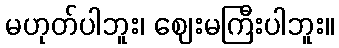
မဟုတ်ပါဘူး၊ ဈေးမကြီးပါဘူး။